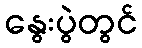
နွေးပွဲတွင်